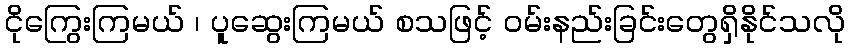
ငိုကြွေးကြမယ် ၊ ပူဆွေးကြမယ် စသဖြင့် ဝမ်းနည်းခြင်းတွေရှိနိုင်သလို